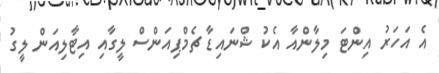
އެ އަހަރު އިންޓަ މިލާންއާ އެކު ޝްނައިޑާ ޗެމްޕިއަންސް ލީގާއި އިޓާލިއަން ލީގު